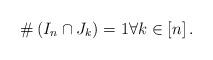
LaTeX: \begin{align*}\#\left(I_{n}\cap J_{k}\right)=1\forall k\in\left[n\right].\end{align*}